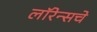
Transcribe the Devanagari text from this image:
लॉरेन्सचे